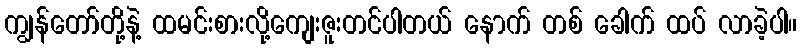
ကျွန်တော်တို့နဲ့ ထမင်းစားလို့ကျေးဇူးတင်ပါတယ် နောက် တစ် ခေါက် ထပ် လာခဲ့ပါ။